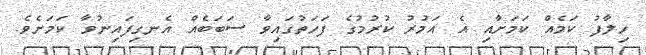
ހިލާފު ކަމެއް ކަމަށާއި އެ އަމުރު ކުރުމުގެ ފަހަތުގައިވާ ސަބަބެއް އެނގިފައިނުވާ ކަމަށެވެ.